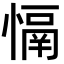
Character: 𢡤